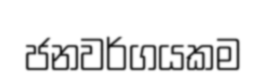
ජනවර්ගයකම